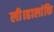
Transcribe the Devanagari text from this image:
ली।हालांकि